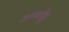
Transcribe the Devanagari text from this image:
अम्मबीडु